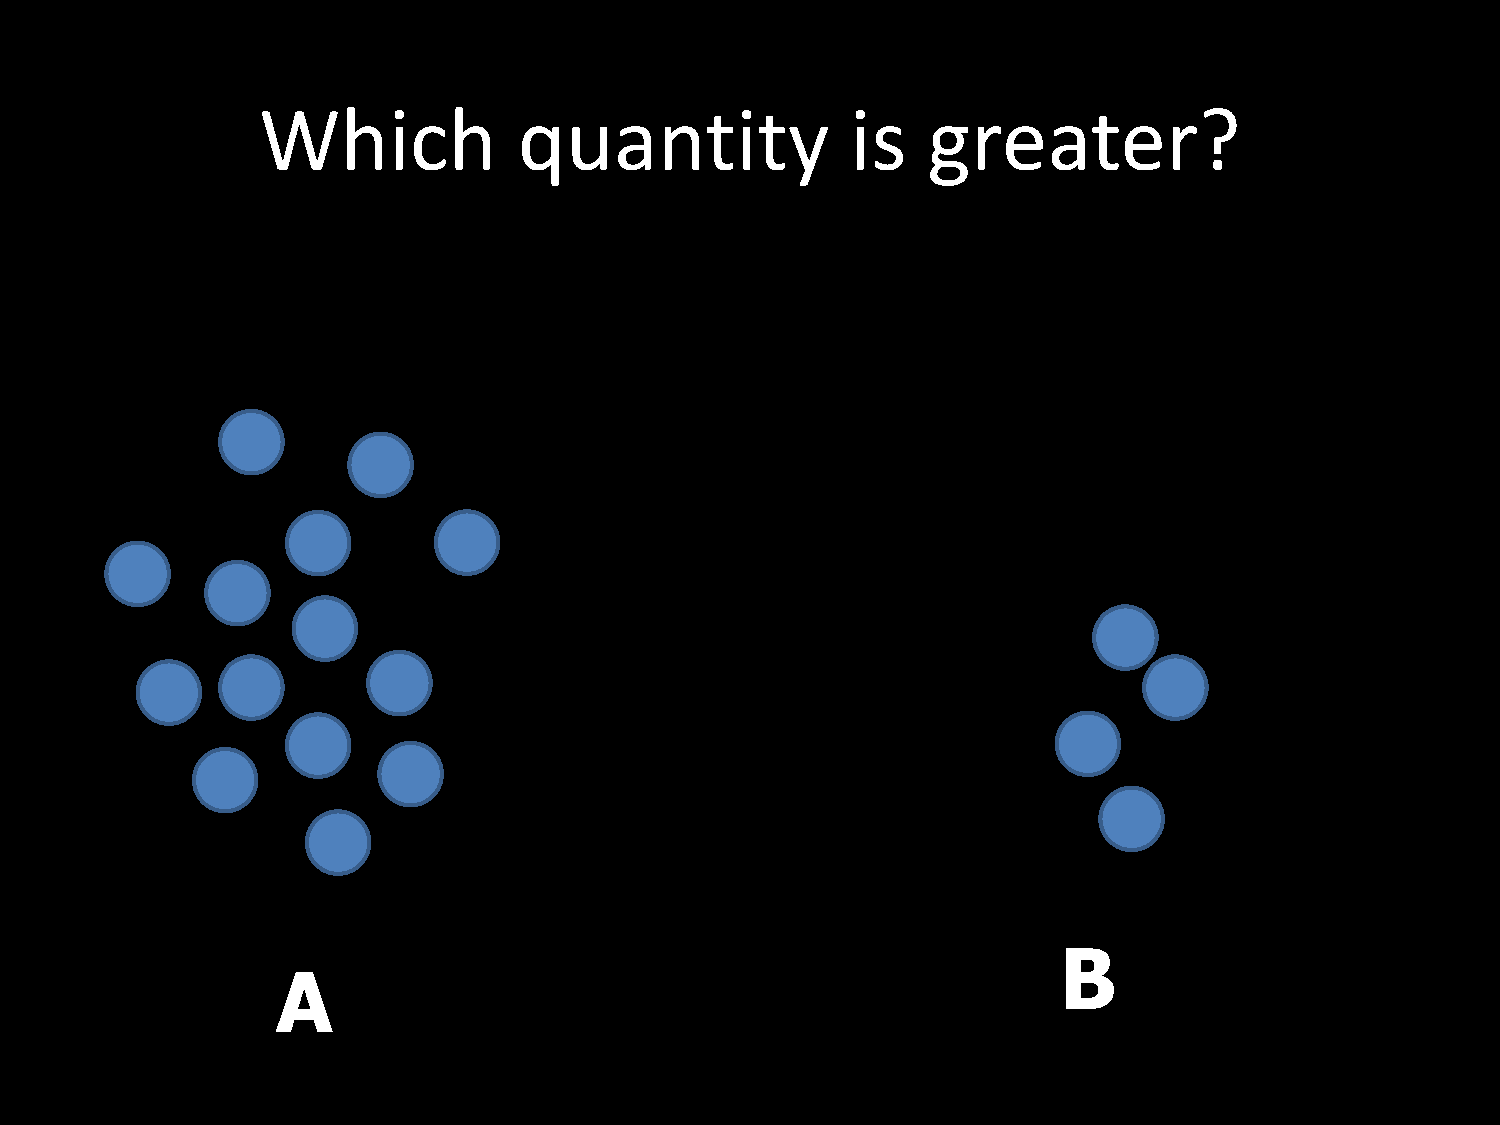
Which            quantity              is   greater?
 B
 A